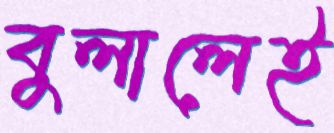
বুলালেই